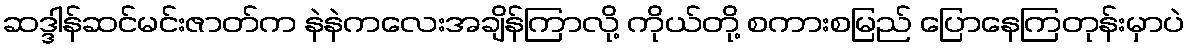
ဆဒ္ဒါန်ဆင်မင်းဇာတ်က နဲနဲကလေးအချိန်ကြာလို့ ကိုယ်တို့ စကားစမြည် ပြောနေကြတုန်းမှာပဲ